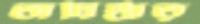
অধিষ্ঠাতৃ